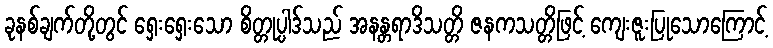
ခုနစ်ချက်တို့တွင် ရှေးရှေးသော စိတ္တုပ္ပါဒ်သည် အနန္တရာဒိသတ္တိ ဇနကသတ္တိဖြင့် ကျေးဇူးပြုသောကြောင့်